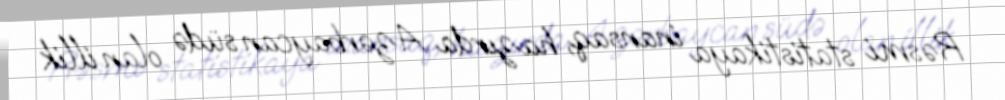
Rəsmi statistikaya inansaq, hazırda Azərbaycan südə olan illik